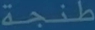
طنجة